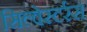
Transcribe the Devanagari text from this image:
सिल्वेस्टर्रस